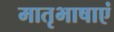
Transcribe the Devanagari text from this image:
मातृभाषाएं